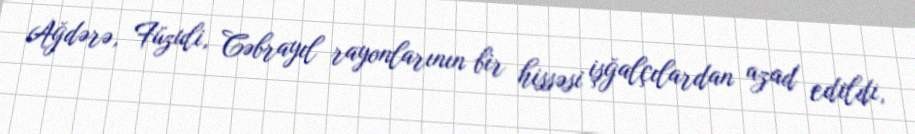
Ağdərə, Füzuli, Cəbrayıl rayonlarının bir hissəsi işğalçılardan azad edildi,